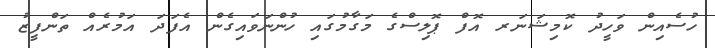
ހުސެއިން ވަހީދު ކޮމިޝަނަރ އޮފް ޕޮލިސްގެ މަގާމުގައި ހުންނަވައިގެން އެފަދަ އަމުރެއް ތަންފީޒު